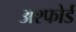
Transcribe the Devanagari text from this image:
अश्फोर्ड